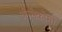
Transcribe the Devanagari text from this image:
ओसेकोमी